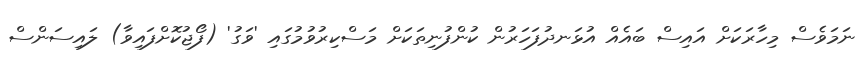
ނަމަވެސް މިހާރަކަށް އައިސް ބައެއް އުޅަނދުފަހަރުން ކުންފުނިތަކަށް މަސްކިރުވުމުގައި 'ވަގު' (ފޯޖުކޮށްފައިވާ) ލައިސަންސް